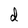
Character: d